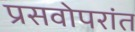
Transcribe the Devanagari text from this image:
प्रसवोपरांत